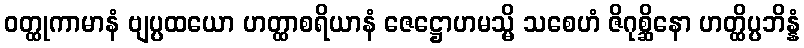
ဝတ္ထုကာမာနံ ဗျပ္ပထယော ဟတ္ထာစရိယာနံ ဇေဋ္ဌောဟမသ္မိ သစေဟံ ဇိဂုစ္ဆိနော ဟတ္ထိပ္ပဘိန္နံ